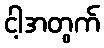
ငါ့အတွက်